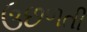
ઉછળતી